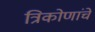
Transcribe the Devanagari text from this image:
त्रिकोणांचे